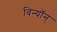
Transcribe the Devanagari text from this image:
विन्यॉन्